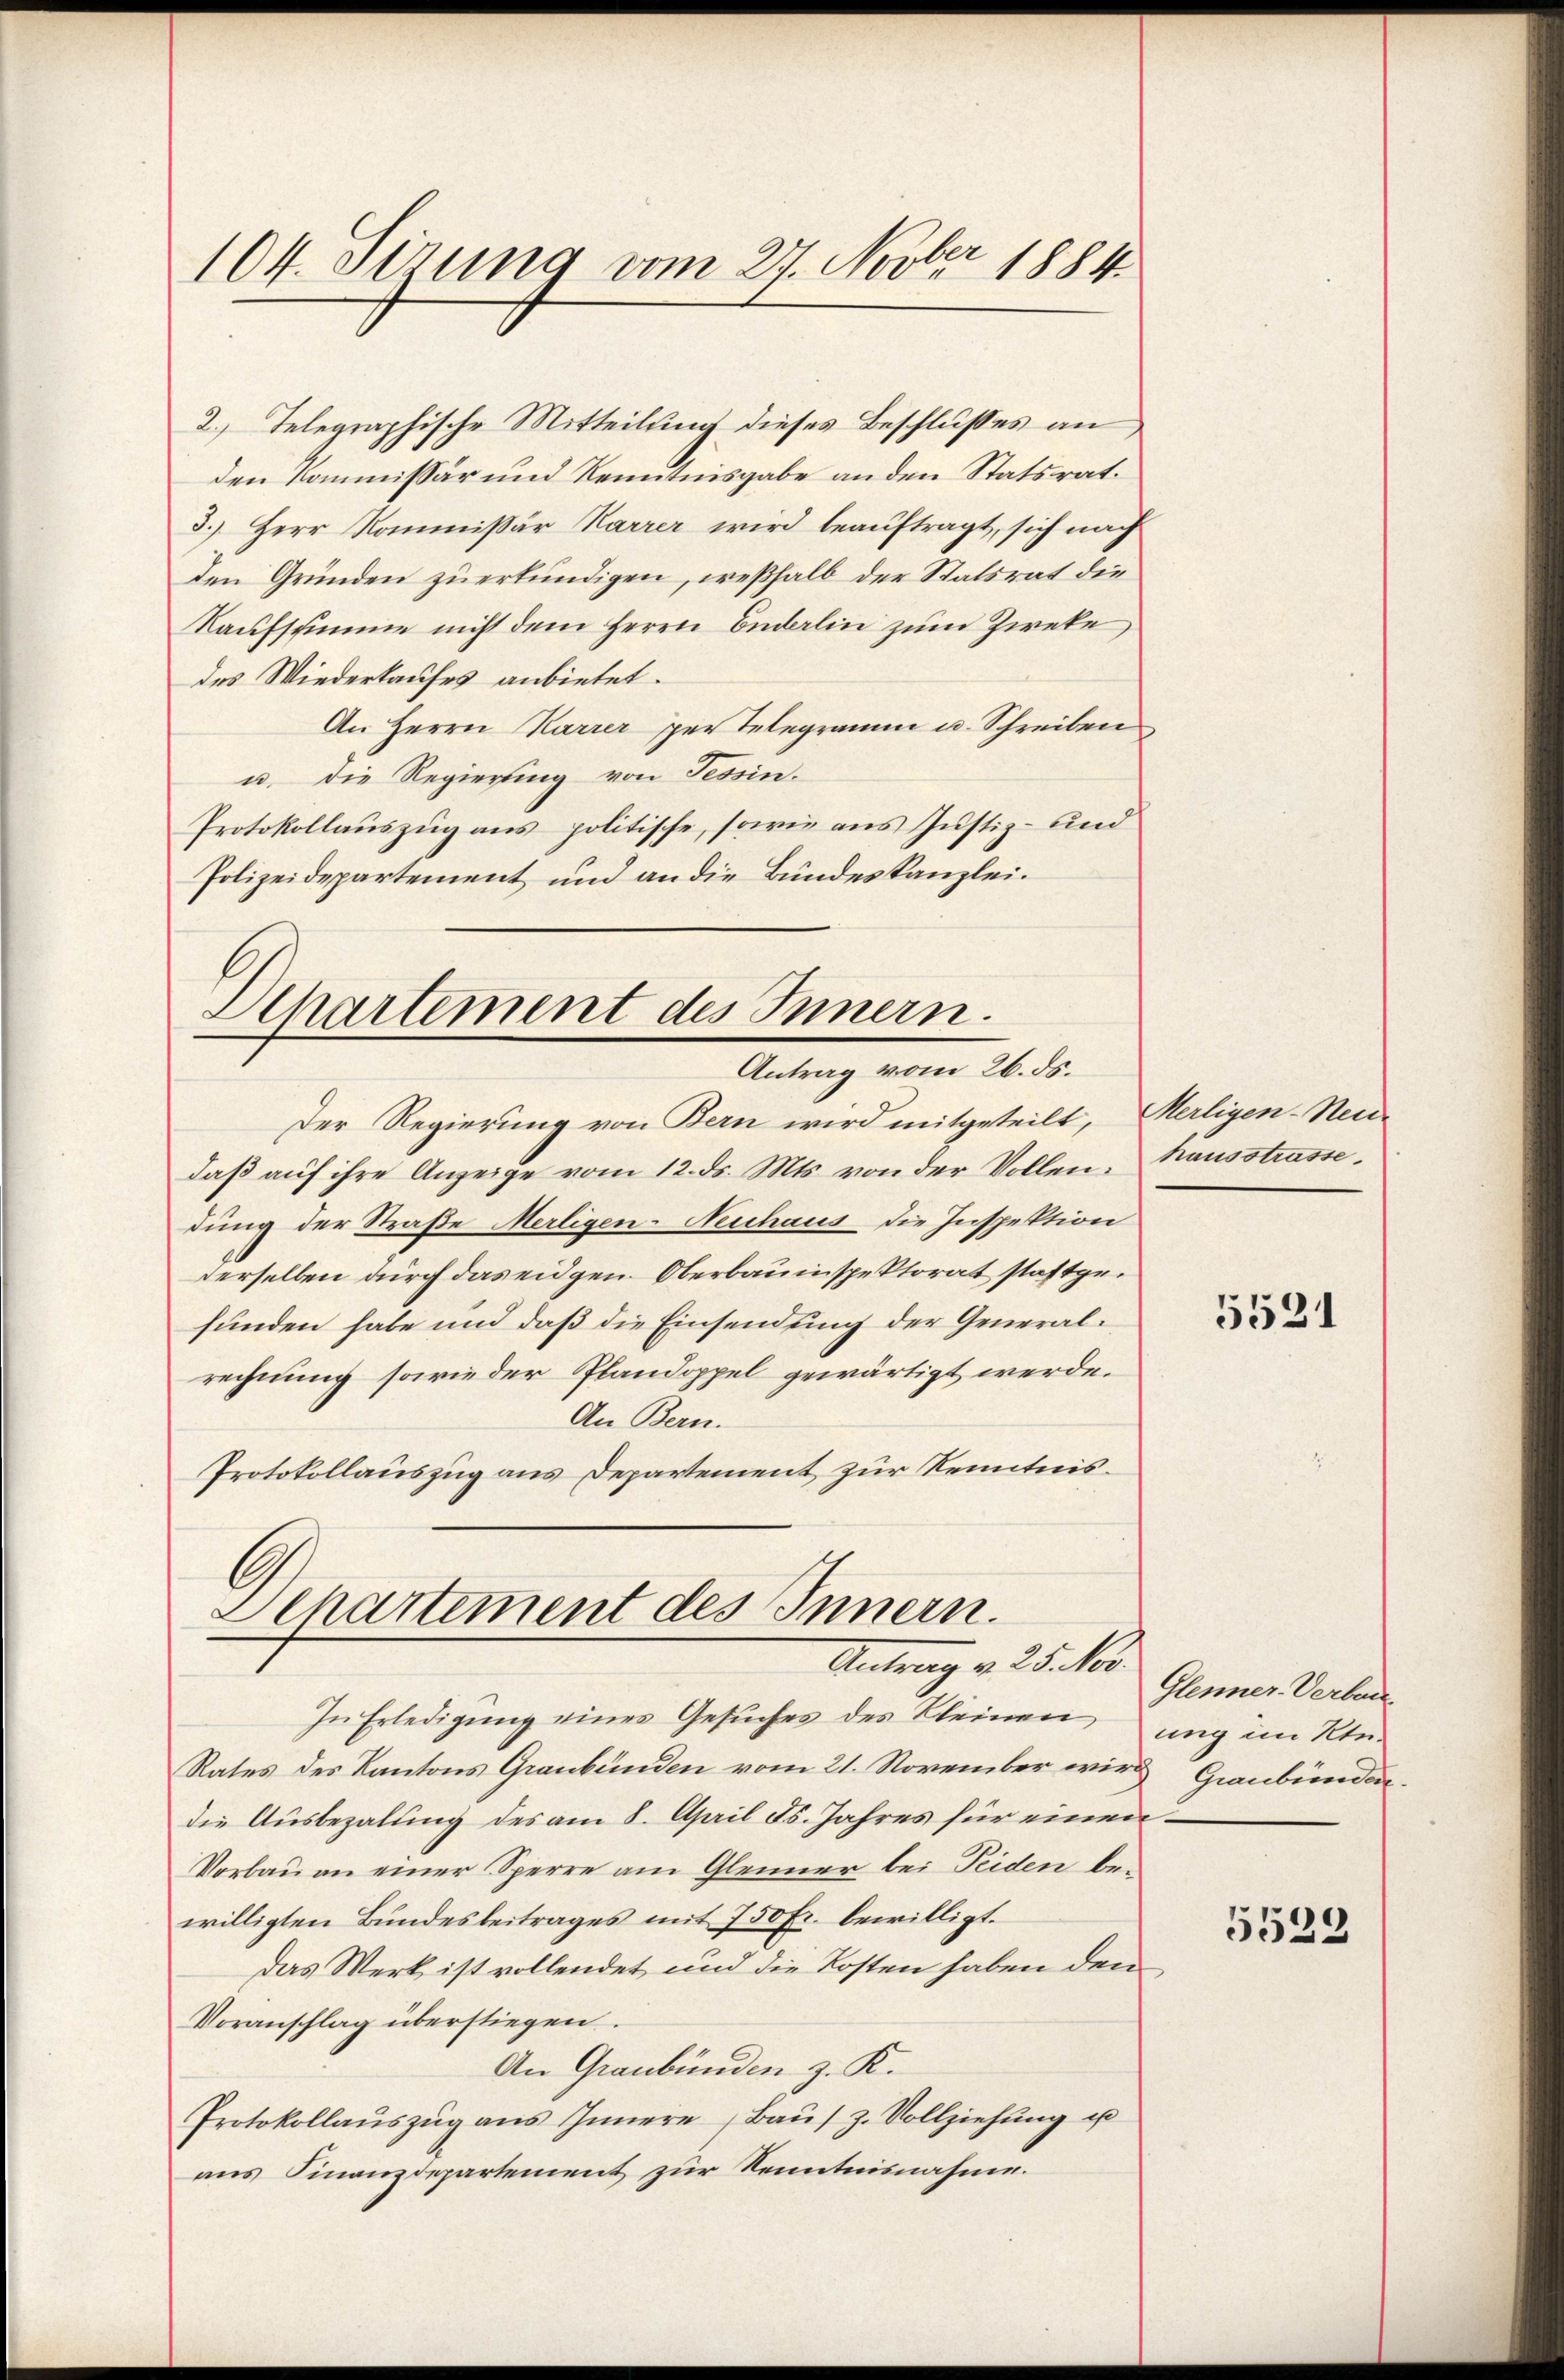
104. Serung vom 27. Novber 1884

2.) Telegraphische Mitteilung dieses Beschlusses an
den Kommissär und Kenntnisgabe an den Statsrat.
3.) Herr Kommissär Karrer wird beauftragt, sich nach
den Gründen zuerkündigen, weßhalb der Statsrat die
Kaufsumme nicht dem Herrn Endalin zum Zweke,
des Wiederkaufes anbietet.
An Herrn Marrer per Telegramm u. Schreiben
u. die Regierung von Tessin.
Protokollauszug aus politische, sowie aus Justiz- und
Polizeidepartement und an die Bundeskanzlei.
Departement des Innern.

Antrag vom 26. ds.

Der Regierung von Bern wird mitgeteilt, Merligen-Neu-
daβ aŭf ihre Anzeige vom 12. ds. Mts. von der Vollen, hausstrassedung der Straße Merligen-Neuhaus die Inspektion
derselben durch das eidgen. Oberbauinspektorat stattgefunden habe und daß die Einsendung der Generalrechnung sowie der Plandoppel gewärtigt werde.
An Bern.
Protokollauszug aus Departement zur Kenntnis¬
In Erledigung eines Gesuches des Kleinen
Rates des Kantons Graubünden vom 21. November wird Graubünden
die Ausbezahlung des am 8. April Fs. Jahres für einen
Vorbau an einer Sperre am Gleiner bei Teiden bewilligten Bundesbeitrages mit 750 fr. bewilligt.
das Werk ist vollendet und die Kosten haben den
Voranschlag überstiegen.
An Graubünden z. K.
Protokollaŭszŭg aŭs Innere Baŭs z. Vollziehŭng u
ans Finanzdepartement zur Kenntnisnahme.

G
Departement des Innern.
Antrag v. 25. No.

5521

Glenner-Verbau
ung im Kte¬

5523